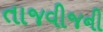
તાજવીજની